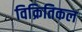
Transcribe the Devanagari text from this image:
विक्रितिकल